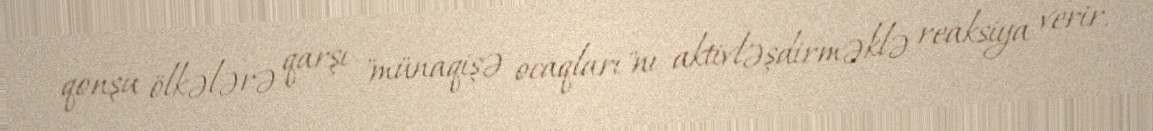
qonşu ölkələrə qarşı "münaqişə ocaqları"nı aktivləşdirməklə reaksiya verir.